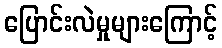
ပြောင်းလဲမှုများကြောင့်